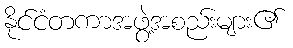
နိုင်ငံတကာအဖွဲ့အစည်းများ၏